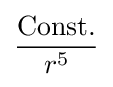
{\frac {\text{Const.}}{r^{5}}}